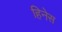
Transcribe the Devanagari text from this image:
हिनेस